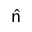
\hat { \mathsf n }